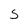
Character: 5